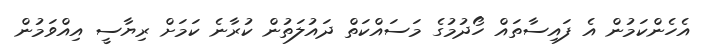
އެހެންކަމުން އެ ފައިސާތައް ހޯދުމުގެ މަސައްކަތް ދައުލަތުން ކުރާނެ ކަމަށް ރިޔާސީ އިއްވަމުން